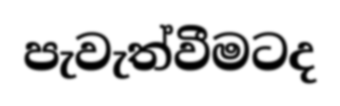
පැවැත්වීමටද